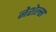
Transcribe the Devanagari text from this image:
नेशेल्स